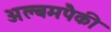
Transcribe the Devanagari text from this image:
अल्बमपैकी